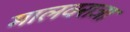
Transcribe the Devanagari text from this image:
मालवराजा